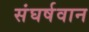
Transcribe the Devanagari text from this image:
संघर्षवान